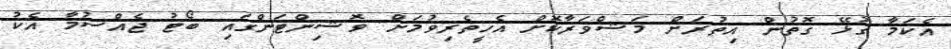
އެކަމާ ގުޅޭ ގޮތުން އިތުރަށް މަޝްވަރާކޮށް އެހީތެރިވުމަށް ވޮޝިންޓަންގައި ބޯޓު ޖެއްސުމާ އެކު